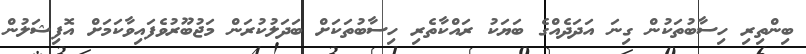
ބިންތިރި ހިސާބުތަކުން ގިނަ އަދަދެއްގެ ބަޔަކު ރައްކާތެރި ހިސާބުތަކަށް ބަދަލުކުރަން މަޖުބޫރުވެފައިވާކަމަށް އޮފިޝަލުން